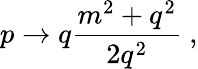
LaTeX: p\rightarrow q\frac{m^{2}+q^{2}}{2q^{2}}~,